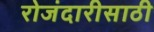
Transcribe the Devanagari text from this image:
रोजंदारीसाठी